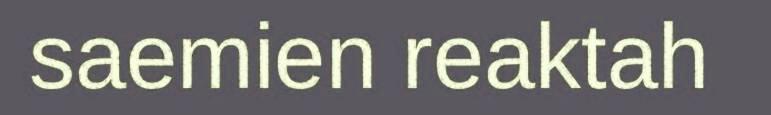
saemien reaktah